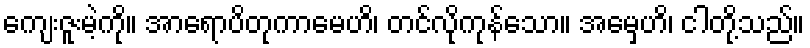
ကျေးဇူးမဲ့ကို။ အာရောပိတုကာမေဟိ၊ တင်လိုကုန်သော။ အမှေဟိ၊ ငါတို့သည်။